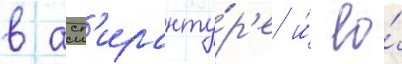
в асп'иранту́р'е и́ ео́